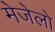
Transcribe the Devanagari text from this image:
मेजेलो